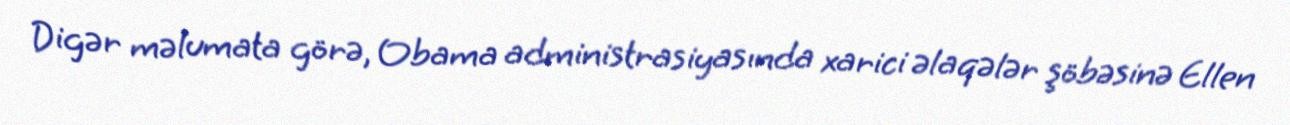
Digər məlumata görə, Obama administrasiyasında xarici əlaqələr şöbəsinə Ellen